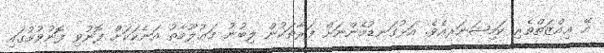
އޭ ޢިއްޒަތްތެރި ކަމިޝަނަރއެވެ. އަޅުގަނޑުމެންނަށް ފަރާތަކުން ލިބުނު މަޢުލޫމާތު އަނެކަކަށް ފޮނުވި ފޮނުވުމުގައި